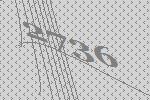
2736